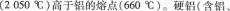
(2050℃)高于铝的熔点(660℃)。硬铝(含铝、